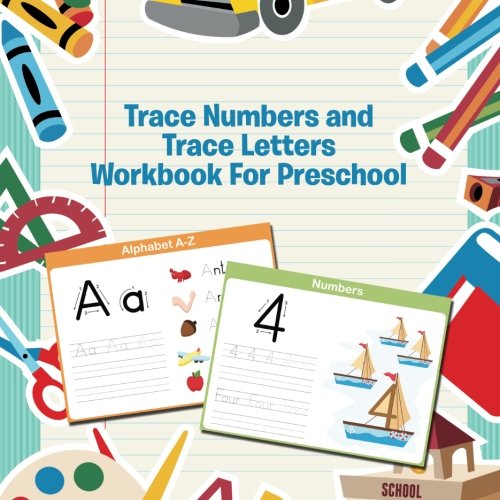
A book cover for Trace Numbers and Trace Letters Workbook For Preschool; Speedy Publishing LLC; Children's Books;